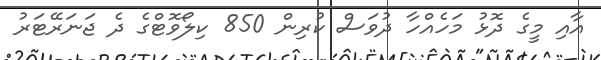
އާއި މީގެ ދޮޅު މަހެއްހާ ދުވަސް ކުރިން 850 ކިލޯވޮޓްގެ ދެ ޖަނަރޭޓަރު